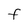
Character: F